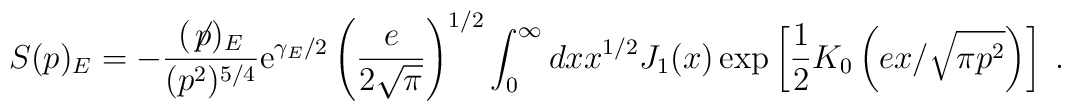
S(p)_E=-\frac{(\not\! p)_E}{(p^2)^{5/4}}{\rm e}^{\gamma_E/2}\left(\frac{e}{2\sqrt{\pi}}\right)^{1/2}\int_0^{\infty}dx x^{1/2}J_1(x)\exp\left[\frac{1}{2}K_0\left(e x/\sqrt{\pi p^2}\right)\right]\; .